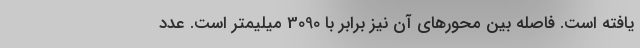
یافته است. فاصله بین محورهای آن نیز برابر با 3090 میلیمتر است. عدد